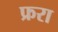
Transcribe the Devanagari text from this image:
फ्ररा